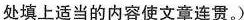
处填上适当的内容使文章连贯.)